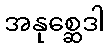
အနုစ္ဆေဒါ